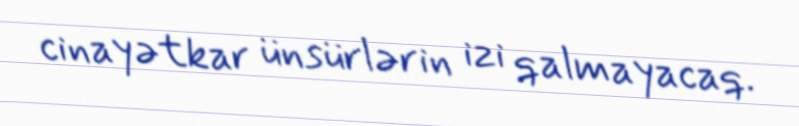
cinayətkar ünsürlərin izi qalmayacaq.